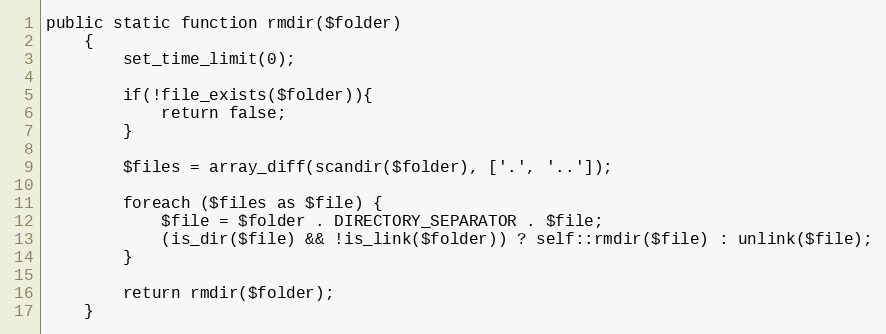
Language: PHP
public static function rmdir($folder)
    {
        set_time_limit(0);

        if(!file_exists($folder)){
            return false;
        }

        $files = array_diff(scandir($folder), ['.', '..']);

        foreach ($files as $file) {
            $file = $folder . DIRECTORY_SEPARATOR . $file;
            (is_dir($file) && !is_link($folder)) ? self::rmdir($file) : unlink($file);
        }

        return rmdir($folder);
    }